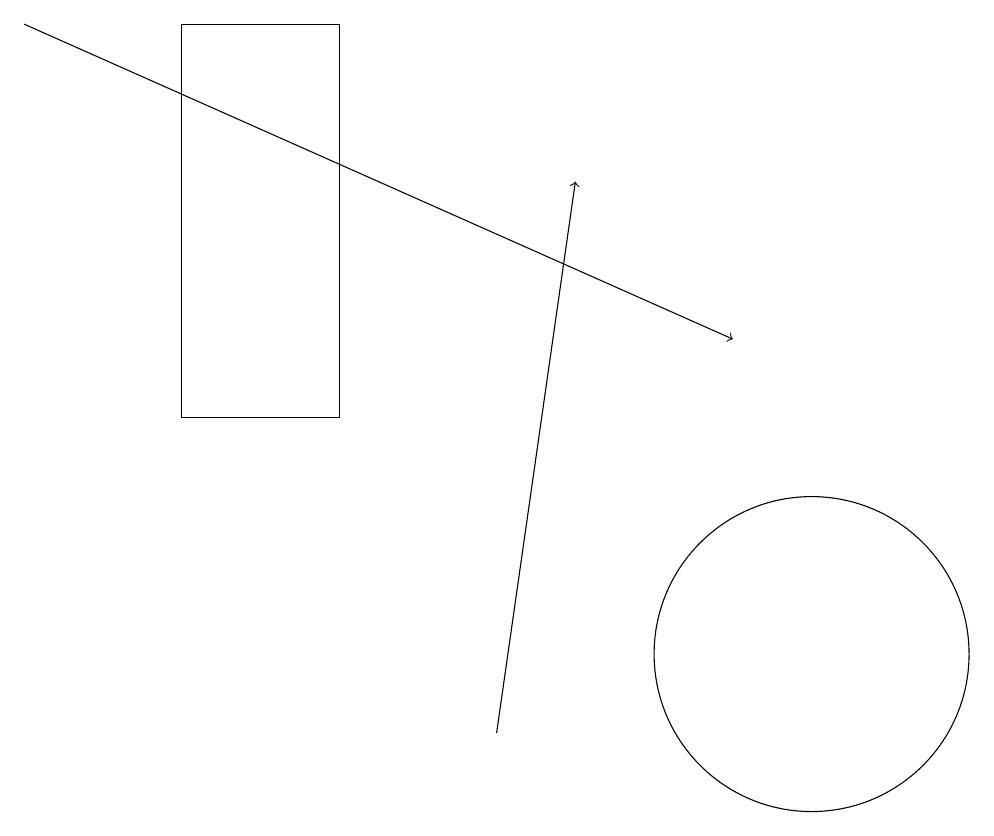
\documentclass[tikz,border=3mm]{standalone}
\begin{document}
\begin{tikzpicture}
\draw (2,14) rectangle (4,19);
\draw (10,11) circle (2);
\draw[->] (0,19) -- (9,15);
\draw[->] (6,10) -- (7,17);
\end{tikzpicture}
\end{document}